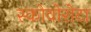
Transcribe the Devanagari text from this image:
स्कोवोरोटा